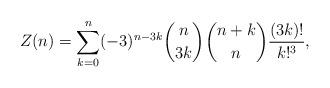
LaTeX: \begin{align*} Z (n) = \sum_{k = 0}^n ( - 3)^{n - 3 k} \binom{n}{3 k} \binom{n + k}{n} \frac{(3 k) !}{k!^3}, \end{align*}